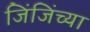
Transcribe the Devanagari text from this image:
जिंजिंच्या